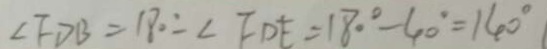
\angle F D B = 1 8 0 ^ { \circ } - \angle F D E = 1 8 0 ^ { \circ } - 4 0 ^ { \circ } = 1 4 0 ^ { \circ }